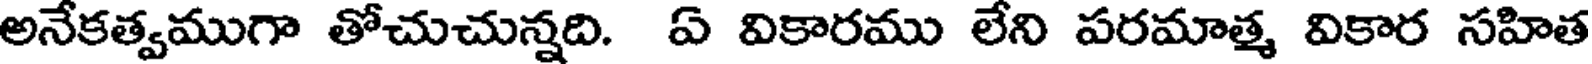
అనేకత్వముగా తోచుచున్నది. ఏ వికారము లేని పరమాత్మ వికార సహిత